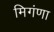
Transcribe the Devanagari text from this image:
मिगंणा